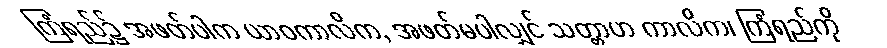
ကြံရည်၌ အဖတ်ပါက ယာဝကာလိက, အဖတ်မပါလျှင် သတ္တာဟ ကာလိက၊ ကြံရည်ကို